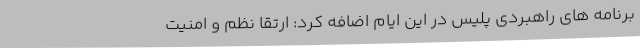
برنامه های راهبردی پلیس در این ایام اضافه کرد: ارتقا نظم و امنیت